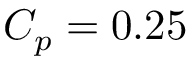
C _ { p } = 0 . 2 5